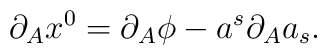
\partial _Ax^0=\partial _A\phi -a^s\partial _Aa_s.